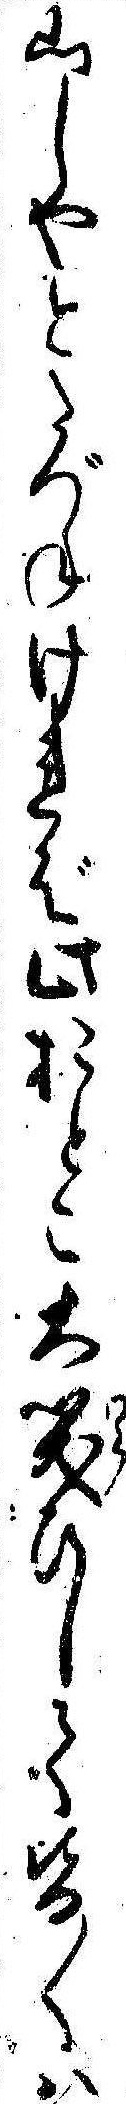
山しやとたづねければ此おとこ大笑ひして皆〱は